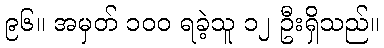
၉၆။ အမှတ် ၁၀၀ ရခဲ့သူ ၁၂ ဦးရှိသည်။